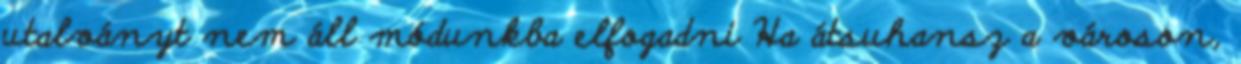
utalványt nem áll módunkba elfogadni Ha átsuhansz a városon,